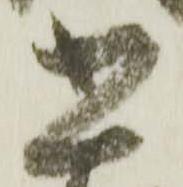
書